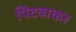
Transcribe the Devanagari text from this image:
पिटवाकर